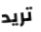
تريد